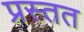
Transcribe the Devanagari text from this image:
प्रस्तत